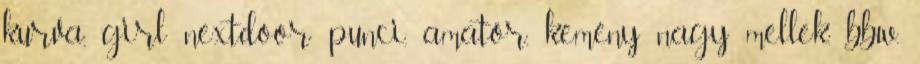
kurva, girl nextdoor punci, amatőr, kemény nagy mellek, bbw,